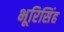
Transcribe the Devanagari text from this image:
भूरिसिंह